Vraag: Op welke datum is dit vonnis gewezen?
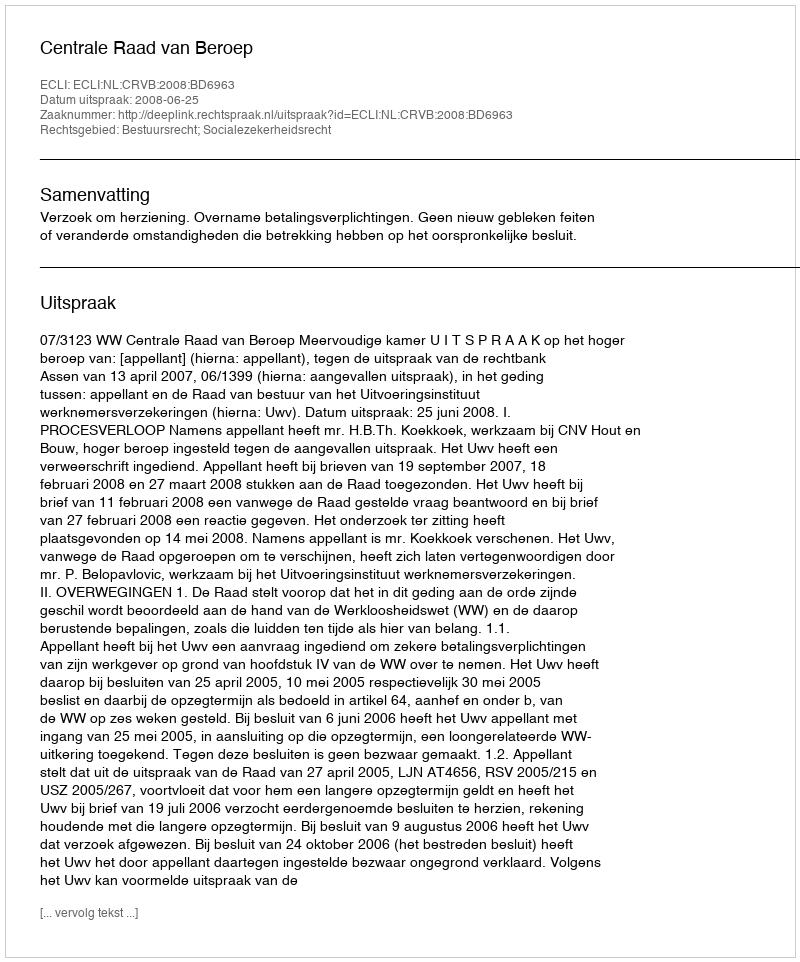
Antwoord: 2008-06-25